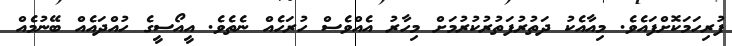
ފުރިހަމަކޮށްފައެެވެ. މިއާއެކު ދަތުރުފަތުރުކުރުމަށް މިހާރު އެއްވެސް ހުރަހެއް ނެތެވެ. އީއޯސީގެ ހުއްދައެއް ބޭނުމެއް